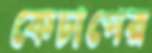
কেচাপের